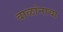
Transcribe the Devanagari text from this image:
बाळांनाचा